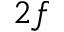
2 f